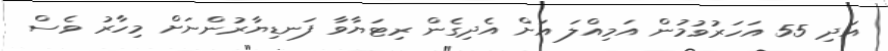
އަދި 55 އަހަރުވުމުން އަމިއްލަ އަށް އެދިގެން ރިޓަޔާވާ ފަނޑިޔާރުންނަށް މިހާރު ވެސް